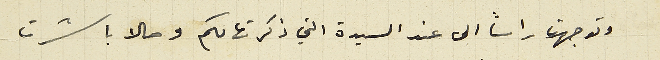
وتوجهت راساً الى عند السيدة التي ذكرتها لكم وحالا باشرت